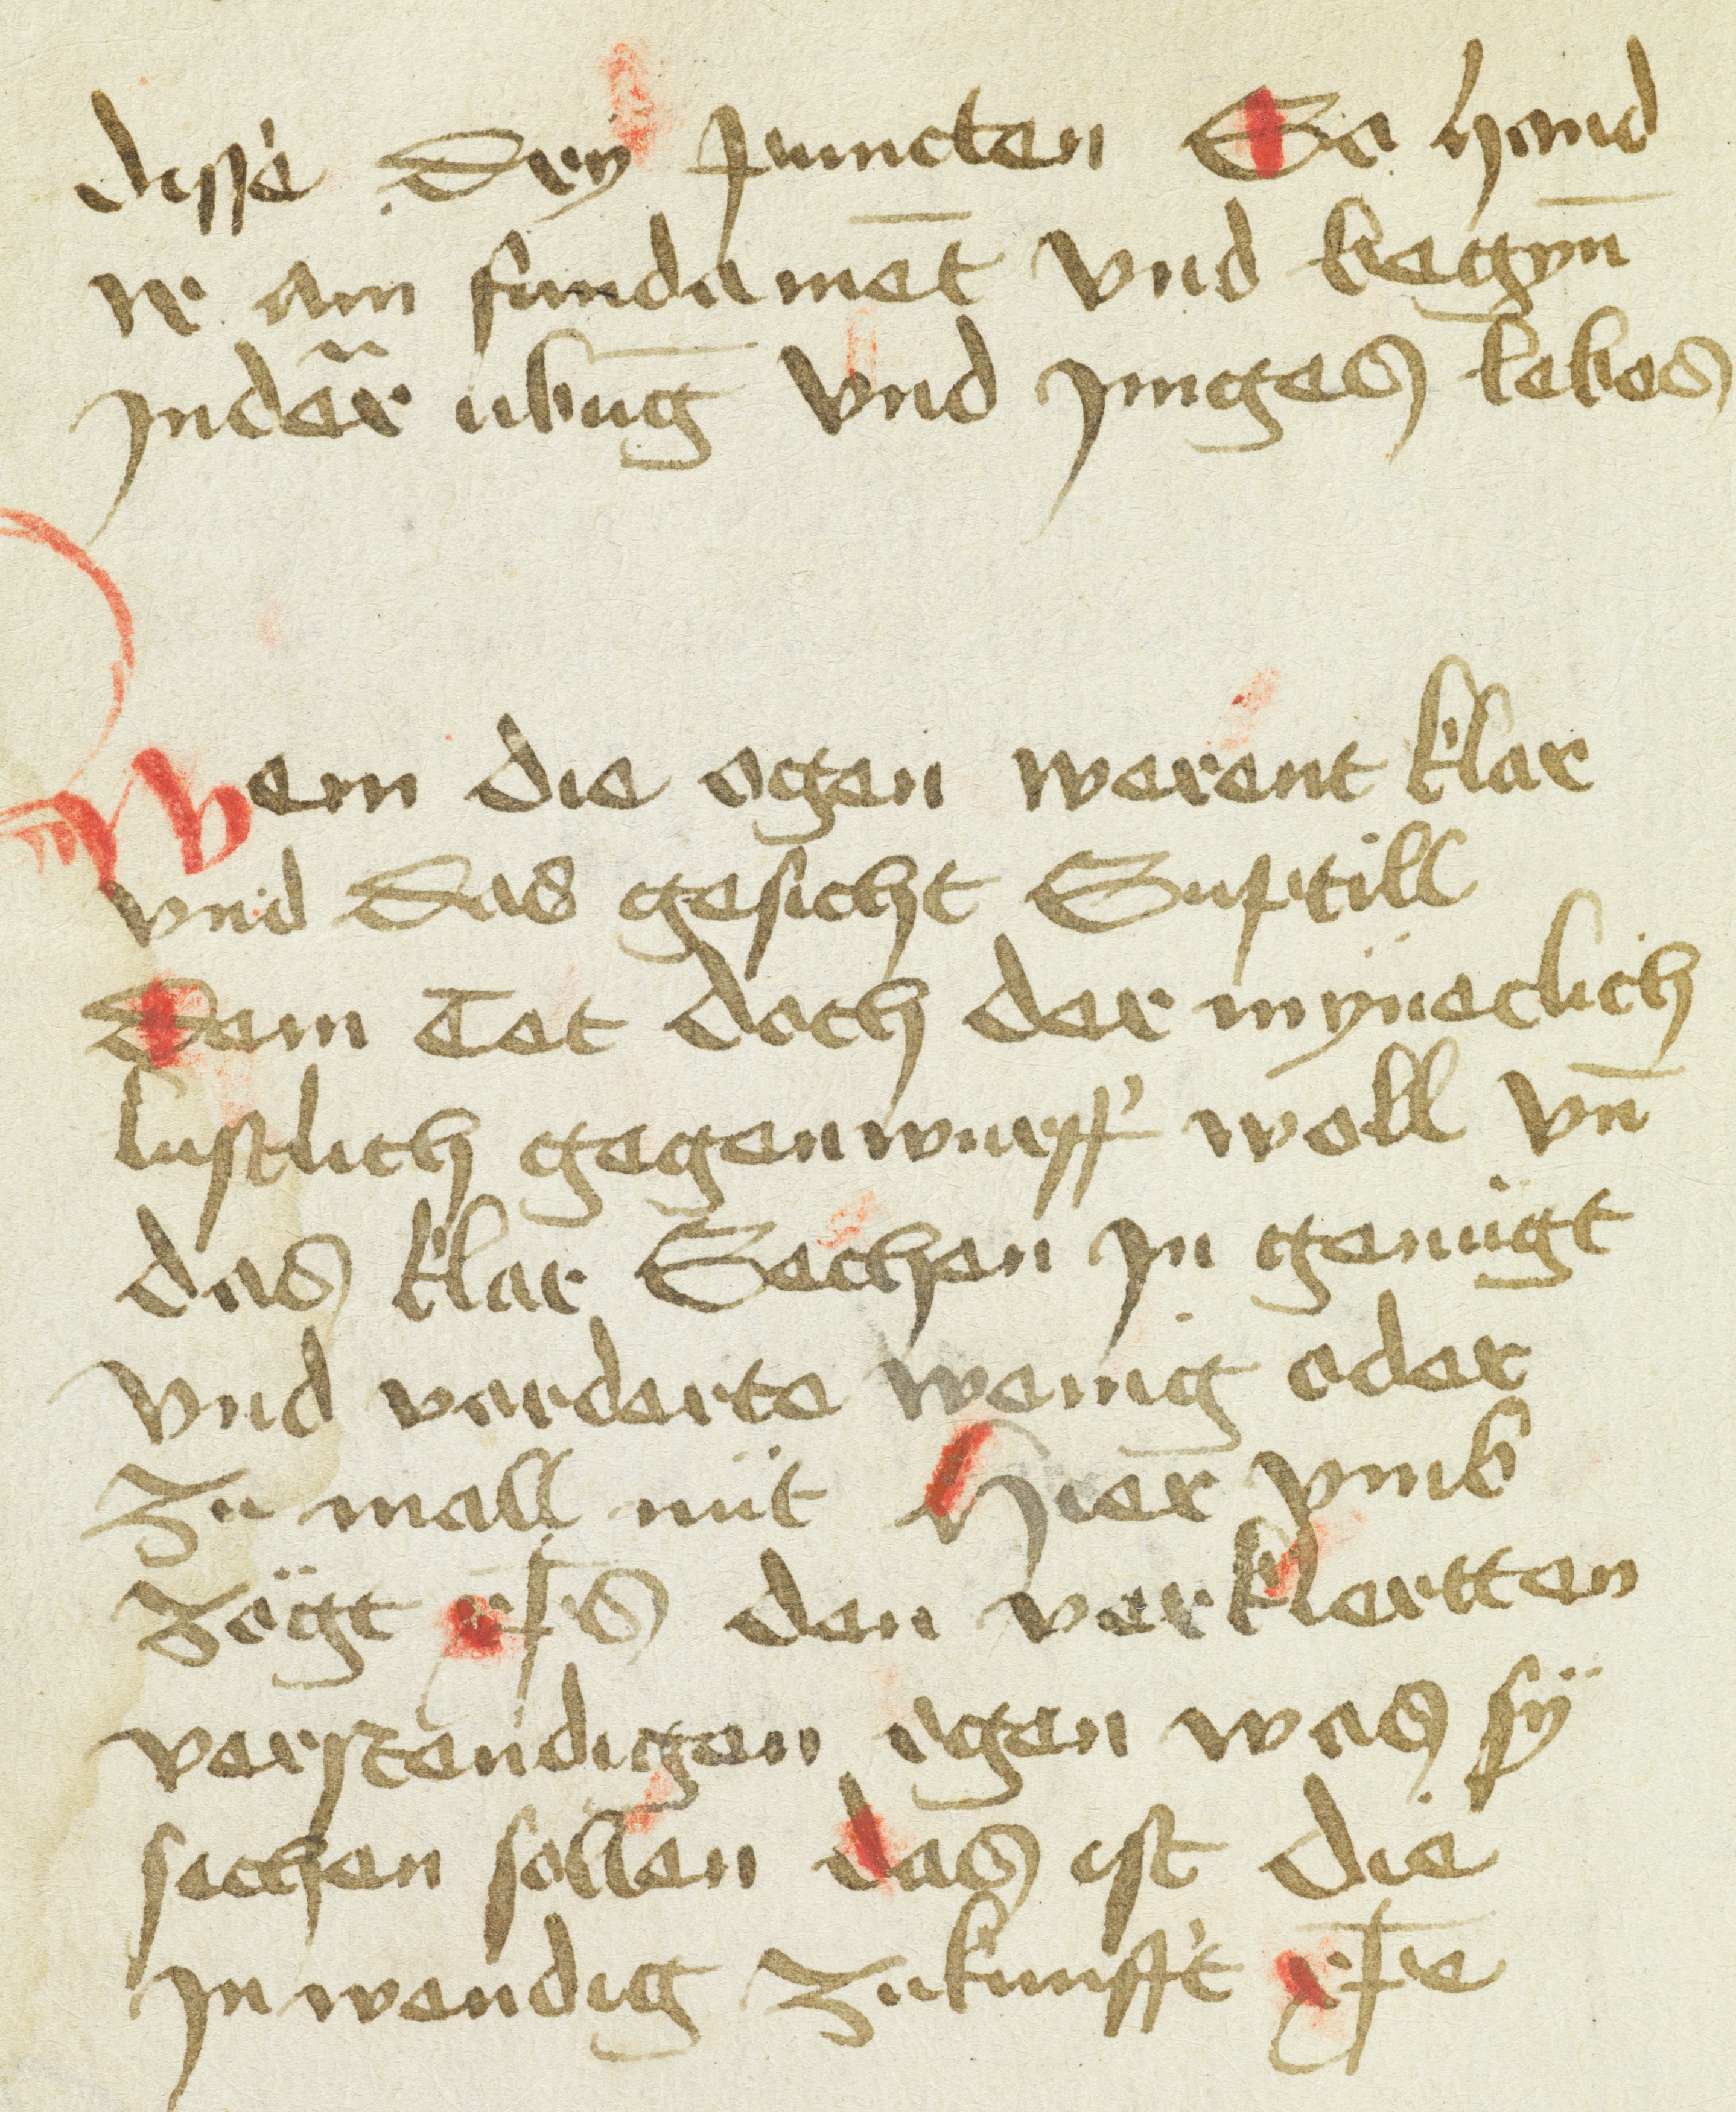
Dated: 1400–1499